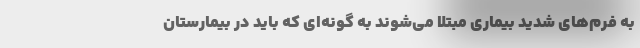
به فرم‌های شدید بیماری مبتلا می‌شوند به گونه‌ای که باید در بیمارستان